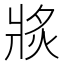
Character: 𱭗